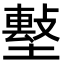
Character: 𡑼